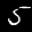
Label: 5